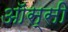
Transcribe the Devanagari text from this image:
ऑस्सी